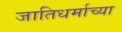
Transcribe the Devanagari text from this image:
जातिधर्माच्या